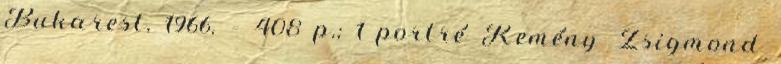
Bukarest, 1966. – 408 p.; 1 portré Kemény Zsigmond